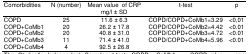
<table><thead><tr><td><b>Comorbidities</b></td><td><b>N (number)</b></td><td><b>Mean value of CRP mg/l ± SD</b></td><td><b>t-test</b></td><td><b>p</b></td></tr></thead><tbody><tr><td>COPD</td><td>25</td><td>11.6 ± 6.3</td><td>COPD/COPD+CoMb1=3.29</td><td>&lt;0,01</td></tr><tr><td>COPD+CoMb1</td><td>20</td><td>26.2 ± 17.8</td><td>COPD/COPD+CoMb2=4.42</td><td>&lt;0.01</td></tr><tr><td>COPD+CoMb2</td><td>20</td><td>40.8 ± 31.0</td><td>COPD/COPD+CoMb3=4.72</td><td>&lt;0.01</td></tr><tr><td>COPD+CoMb3</td><td>11</td><td>71.4 ± 41.0</td><td>COPD/COPD+CoMb4=5.96</td><td>&lt;0.01</td></tr><tr><td>COPD+CoMb4</td><td>4</td><td>92.5 ± 26.8</td><td></td><td></td></tr></tbody></table>